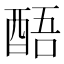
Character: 𮠬